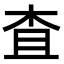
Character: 査